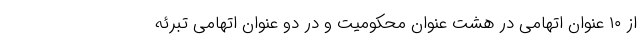
از ۱۰ عنوان اتهامی در هشت عنوان محکومیت و در دو عنوان اتهامی تبرئه